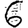
Digit: 6